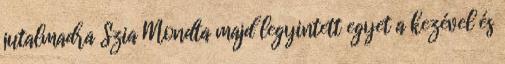
jutalmadra Szia Mondta majd legyintett egyet a kezével és